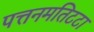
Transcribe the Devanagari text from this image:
पत्तनमतिटटा